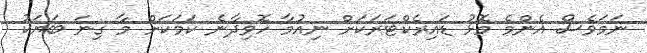
ނަމަވެސް އެންމެ މޮޅު ޑައިރެކްޓަރަކަށް ނިއުމާ ހޮވިދާނެ ކަމަކަށް މާ ގިނަ ބަޔަކު